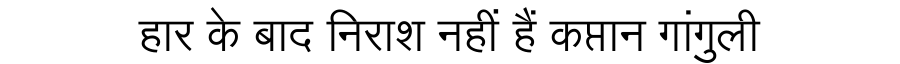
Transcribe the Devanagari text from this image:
हार के बाद निराश नहीं हैं कप्तान गांगुली